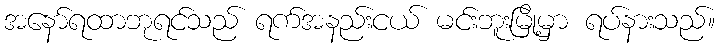
အနော်ရထာဘုရင်သည် ရက်အနည်းငယ် မင်းဘူးမြို့မှာ ရပ်နားသည်။